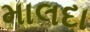
માલદા